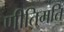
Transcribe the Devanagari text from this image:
णीतिमति